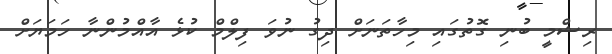
ރިޝްމީ ބުނި ގޮތުގައި މިހާތަނަށް ދިގު ނުވަ ފިލްމް ކުޅެ އާއްމުންނާ ހަމަޔަށް